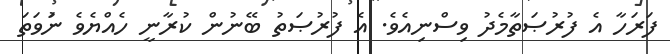
ފަރަހާ އެ ފުރުޞަތާމެދު ވިސްނިއެވެ. އެ ފުރުޞަތު ބޭނުން ކުރާނީ ހެއްޔެވެ ނަުވަތަ